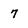
Character: 7